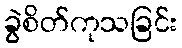
ခွဲစိတ်ကုသခြင်း